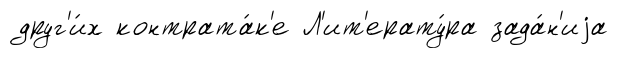
друг'и́х контрата́к'е Л'ит'ерату́ра зада́н'иjа